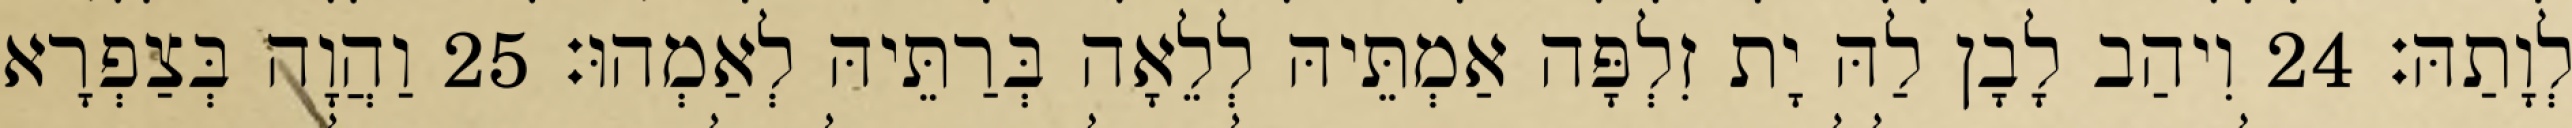
לְוָתַהּ׃ 24 וִיהַב לָבָן לַהּ יָת זִלְפָּה אַמְתֵּיהּ לְלֵאָה בְּרַתֵּיהּ לְאַמְהוּ׃ 25 וַהֲוָה בְּצַפְרָא